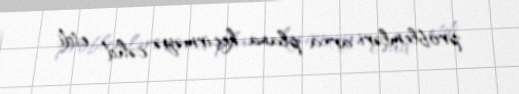
problemləri arxa plana keçirməyə cəhd etdi.